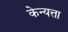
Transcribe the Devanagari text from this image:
केन्यत्ता